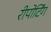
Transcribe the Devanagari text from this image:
रीपोर्टिंग